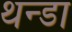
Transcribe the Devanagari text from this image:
थन्डा